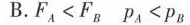
B. $$F_{A} < F_{B}$$ $$p_{A} > p_{B}$$